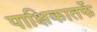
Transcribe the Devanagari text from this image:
पाक्षिकातर्फे